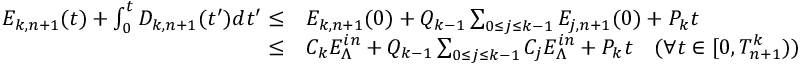
\begin{array} { r l } { E _ { k , n + 1 } ( t ) + \int _ { 0 } ^ { t } D _ { k , n + 1 } ( t ^ { \prime } ) d t ^ { \prime } \leq } & { E _ { k , n + 1 } ( 0 ) + Q _ { k - 1 } \sum _ { 0 \leq j \leq k - 1 } E _ { j , n + 1 } ( 0 ) + P _ { k } t } \\ { \leq } & { C _ { k } E _ { \Lambda } ^ { i n } + Q _ { k - 1 } \sum _ { 0 \leq j \leq k - 1 } C _ { j } E _ { \Lambda } ^ { i n } + P _ { k } t \quad ( \forall t \in [ 0 , T _ { n + 1 } ^ { k } ) ) } \end{array}